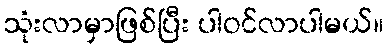
သုံးလာမှာဖြစ်ပြီး ပါဝင်လာပါမယ်။